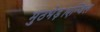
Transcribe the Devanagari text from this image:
मुठभेड़।एन्जिल